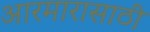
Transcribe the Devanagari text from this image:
आरमारासाठी